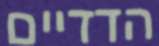
הדדיים